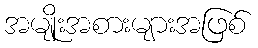
အမျိုးအစားများအဖြစ်